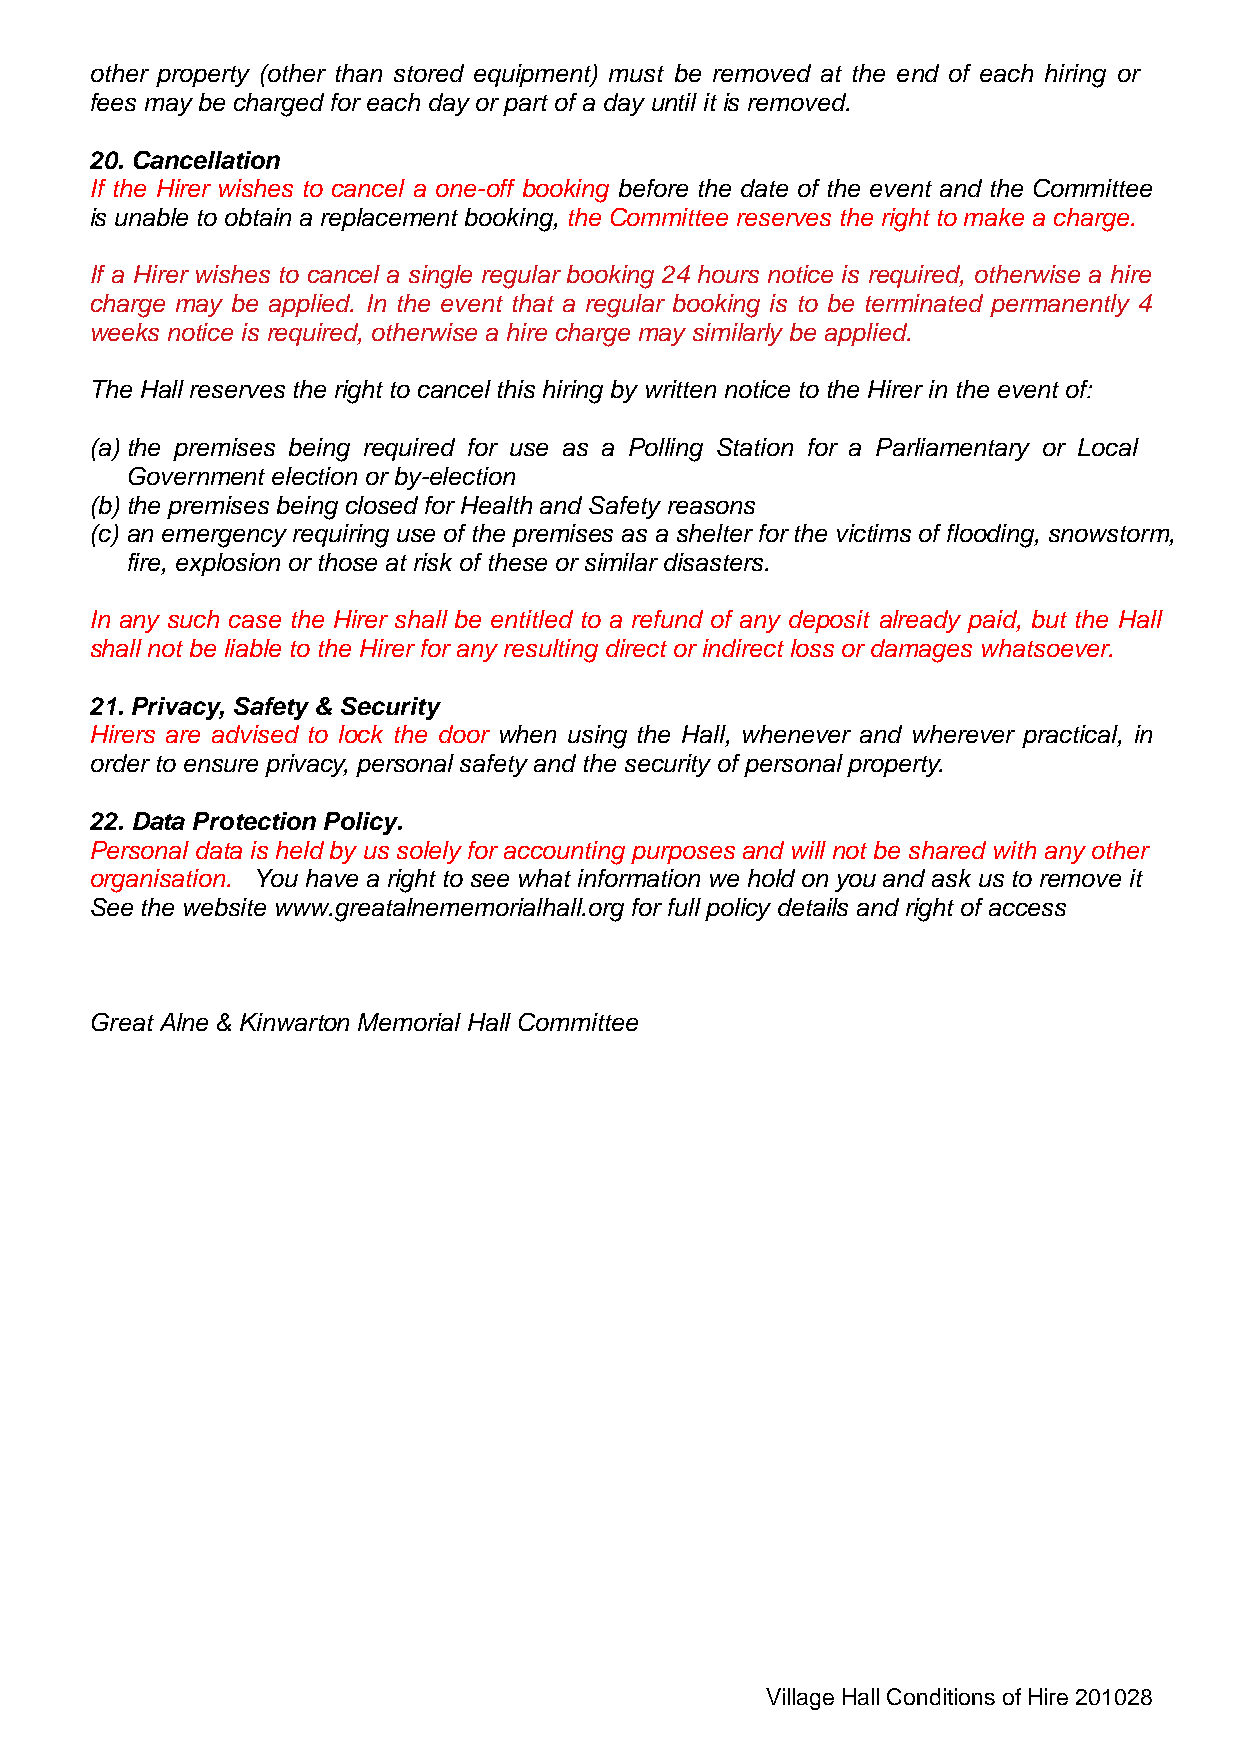
other property (other than stored equipment) must be removed at the end of each hiring or
 fees may be charged for each day or part of a day until it is removed.
 20. Cancellation
 If the Hirer wishes to cancel a one-off booking before the date of the event and the Committee
 is unable to obtain a replacement booking, the Committee reserves the right to make a charge.
 If a Hirer wishes to cancel a single regular booking 24 hours notice is required, otherwise a hire
 charge may be applied. In the event that a regular booking is to be terminated permanently 4
 weeks notice is required, otherwise a hire charge may similarly be applied.
 The Hall reserves the right to cancel this hiring by written notice to the Hirer in the event of:
 (a) the premises being required for use as a Polling Station for a Parliamentary or Local
 Government election or by-election
 (b) the premises being closed for Health and Safety reasons
 (c) an emergency requiring use of the premises as a shelter for the victims of flooding, snowstorm,
 fire, explosion or those at risk of these or similar disasters.
 In any such case the Hirer shall be entitled to a refund of any deposit already paid, but the Hall
 shall not be liable to the Hirer for any resulting direct or indirect loss or damages whatsoever.
 21. Privacy, Safety & Security
 Hirers are advised to lock the door when using the Hall, whenever and wherever practical, in
 order to ensure privacy, personal safety and the security of personal property.
 22. Data Protection Policy.
 Personal data is held by us solely for accounting purposes and will not be shared with any other
 organisation. You have a right to see what information we hold on you and ask us to remove it
 See the website www.greatalnememorialhall.org for full policy details and right of access
 Great Alne & Kinwarton Memorial Hall Committee
 Village Hall Conditions of Hire 201028